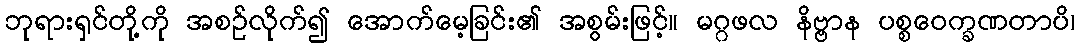
ဘုရားရှင်တို့ကို အစဉ်လိုက်၍ အောက်မေ့ခြင်း၏ အစွမ်းဖြင့်။ မဂ္ဂဖလ နိဗ္ဗာန ပစ္စဝေက္ခဏတာပိ၊